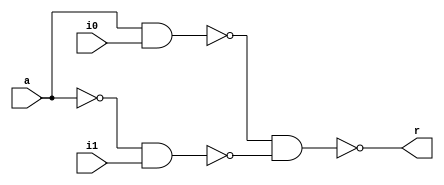
module mux(r,a,i0,i1);
output r;
input a,i0,i1;
wire h,t,m;
nand(h,a,i0);
nand(t,a,a);
nand(m,t,i1);
nand(r,h,m);
endmodule